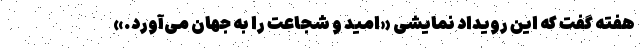
هفته گفت که این رویداد نمایشی «امید و شجاعت را به جهان می‌آورد.»